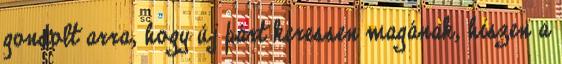
gondolt arra, hogy új párt keressen magának, hiszen a